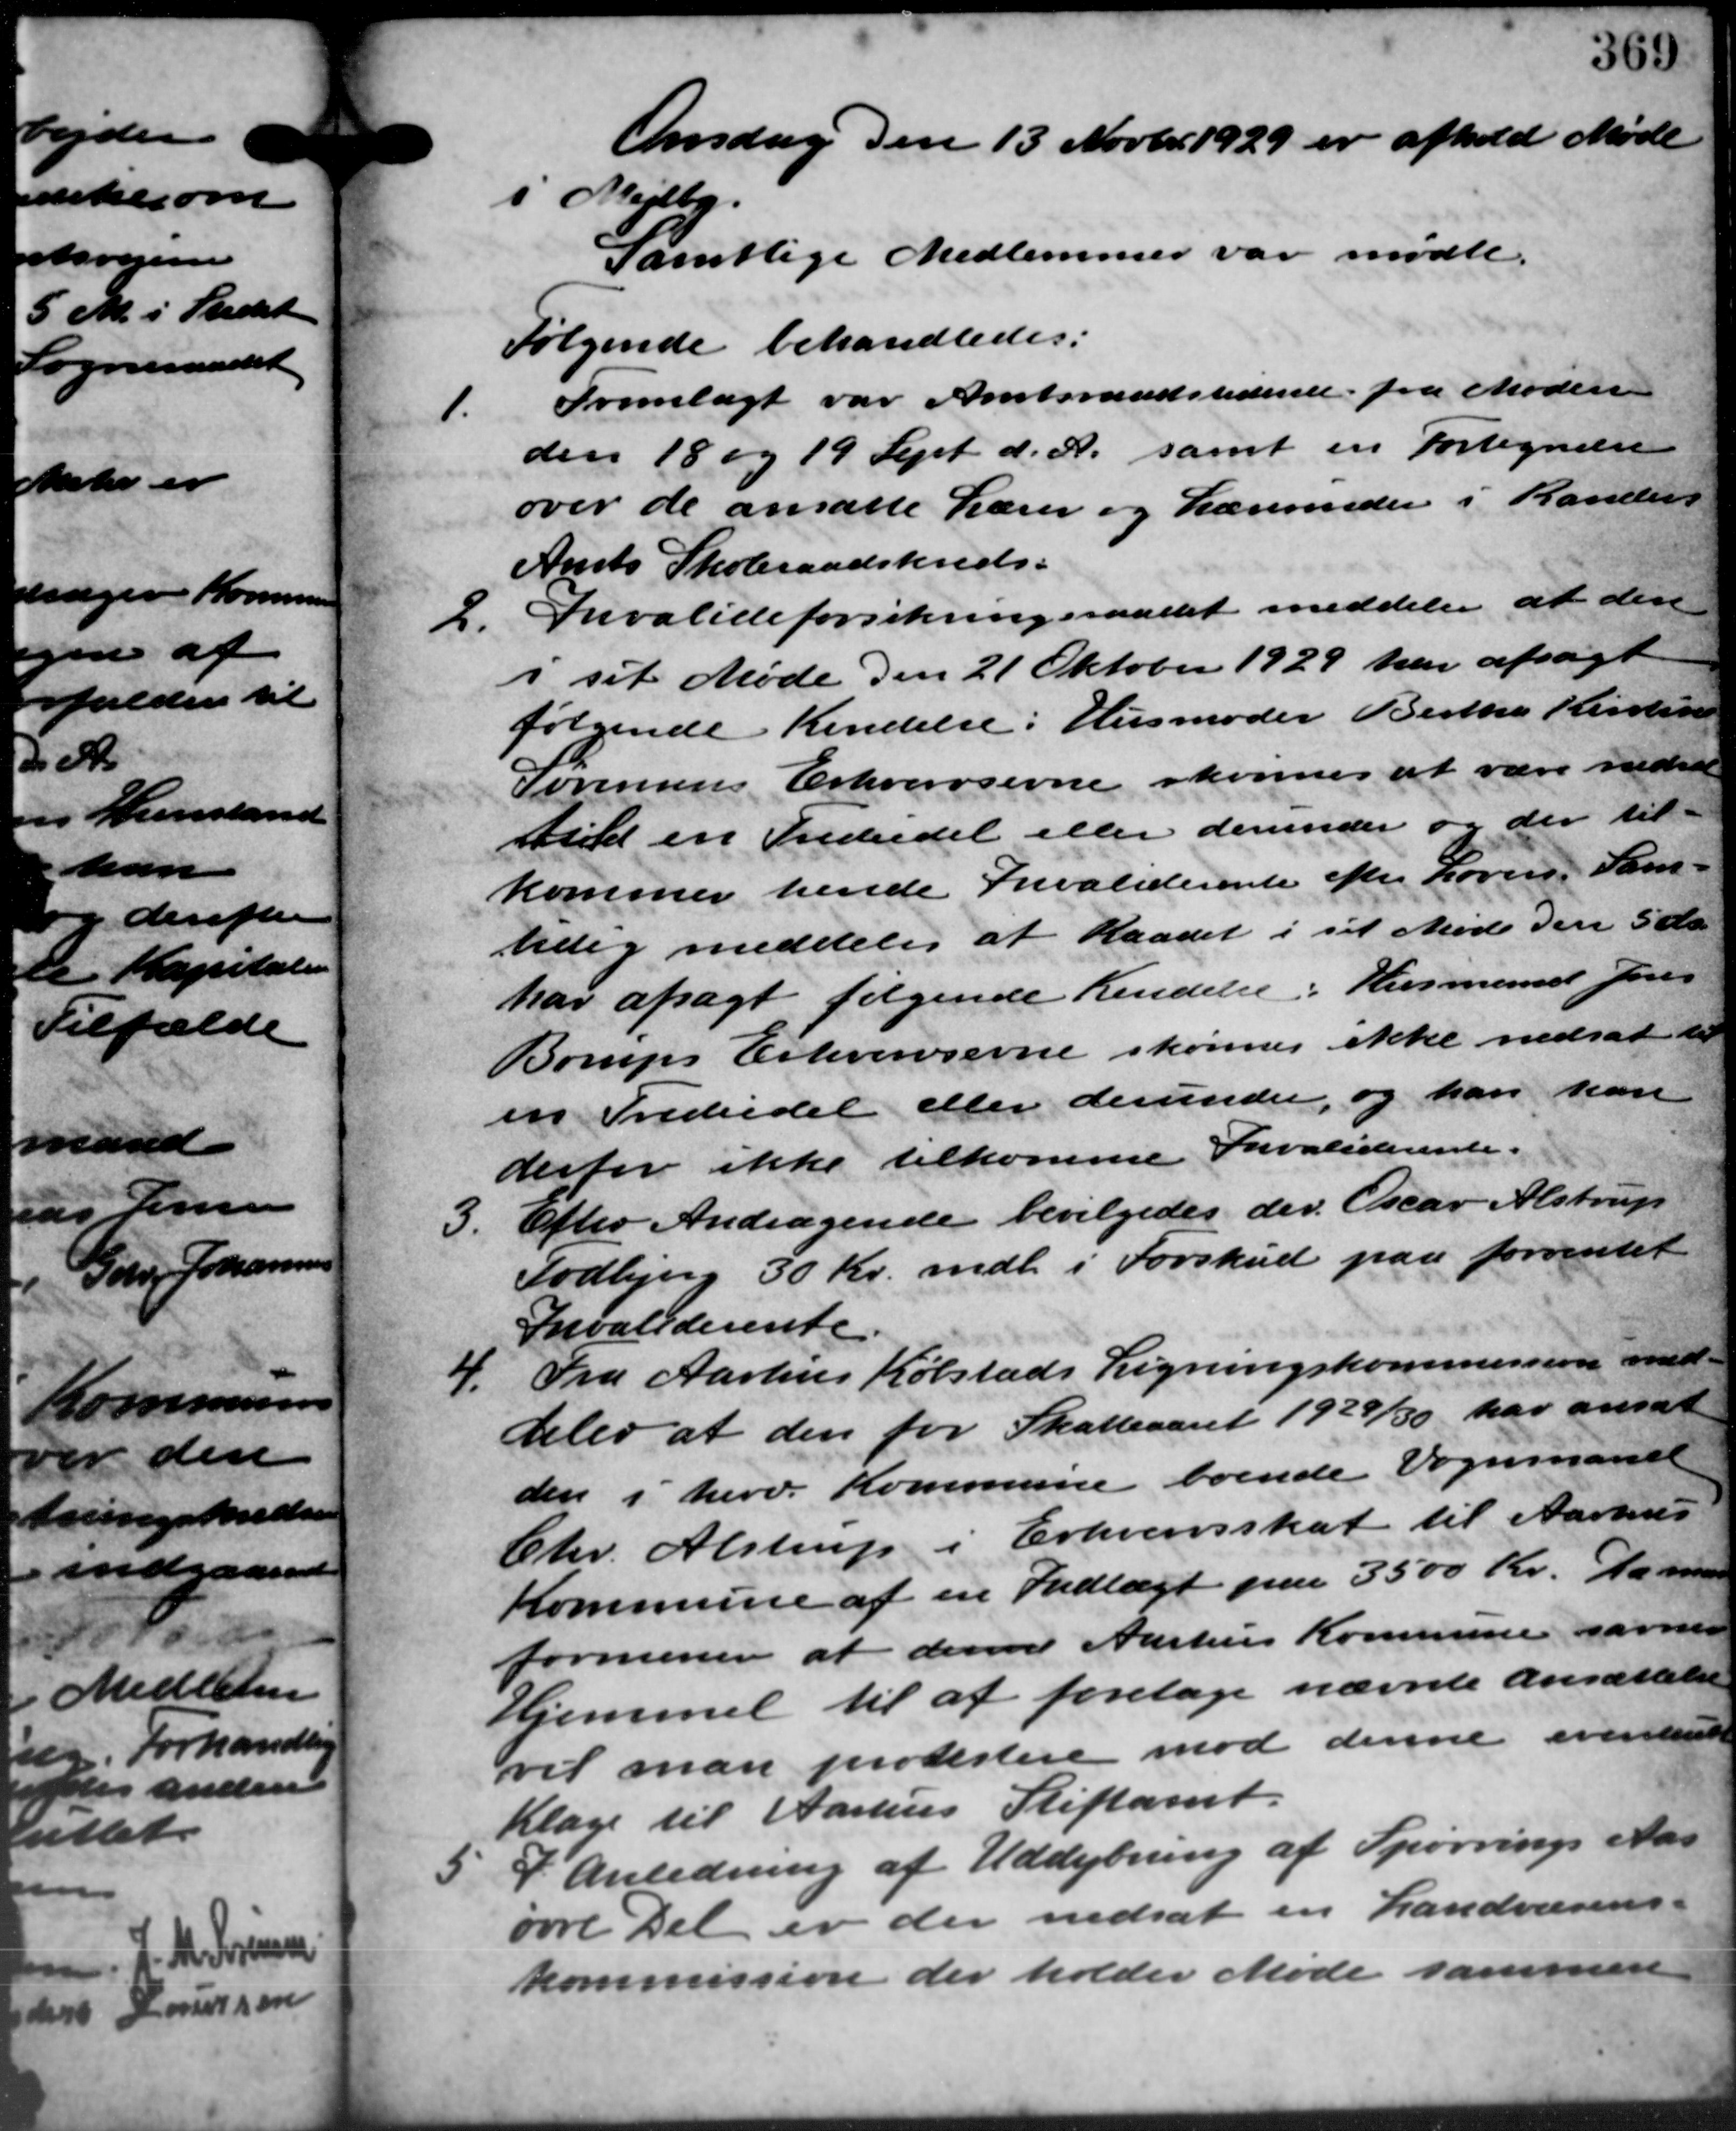
Transskription:
Onsdag den 13 Novbr. 1929 er afhold Møde
i Mejlby.
Samtlige Medlemmer var mødte.
Følgende behandledes:
1.
Fremlagt var Amtsraadstidende fra Møder
den 18 og 19 Sept. d. A. samt en Fortegnelse
over de ansatte Lærer og Lærerinder i Rander-
Amts Skoleraadskreds-
2.
Invalideforsikringsraadet meddeler at den
i sit Møde den 21 Oktober 1929 har afsagt
følgende Kendelse i Husmoder Berthe Kirstine
Sørensens Erhvervsevne skønnes at være nedsat
med en Indsedel eller derunder og der til -
kommer hende Invaliderente efter Loven. Som
tidig meddeler at Raadet i sit Møde den 5 ds.
har afsagt følgende Kendelse i Husmand Jens
Borups Erhvervsevne skønnes ikke nedsat til
en Frededel eller derunder, og han kan
derfor ikke tilkomme Invaliderente.
3.
Efter Andragende bevilgedes der Oscar Alstrup
Todbjerg 30 Kr. mdl. i Forskud paa forventet
Invaliderente.
4. Fra Aarhus Købstads Ligningskommission med –
4. Fra Aarhus Købstads Ligningskommission med –
deler at den for Skatteaaret 1929/30 har ansat
den i herv. Kommune boende Vognmand
Chr. Alstrup i Erhvervsskat til Aarhus
Kommune af en Indtægt paa 3500 Kr. Da man
formener at denne Aarhus Kommune samme
Hjemmel til at foretage nævnte ansættelse
vil man protestere mod denne eventuelt
Klage til Aarhus Stiftamt.
5. I Anledning af Uddybning af Spørrings Aar
5. I Anledning af Uddybning af Spørrings Aar
ørre Det er der nedsat en Landvæsens –
kommission der holder Møde sammen